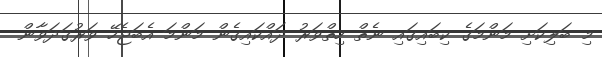
މި ބަލިކަށި މަންމަގެ ކިބައިގައި ނެތް ހިތްވަރު ދައްކައިގެން މަންމަ އެބަޖެހޭ ވަރުގަދަވާން